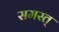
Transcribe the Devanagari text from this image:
समस्त्